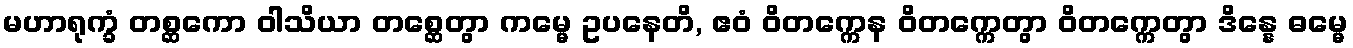
မဟာရုက္ခံ တစ္ဆကော ဝါသိယာ တစ္ဆေတွာ ကမ္မေ ဥပနေတိ, ဧဝံ ဝိတက္ကေန ဝိတက္ကေတွာ ဝိတက္ကေတွာ ဒိန္နေ ဓမ္မေ